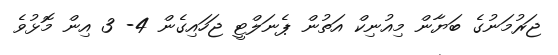
ޖަރުމަނުގެ ބަޔާން މިއުނިކް އަތުން ޕެނަލްޓީ ޖަހައިގެން 4- 3 އިން މޮޅުވެ